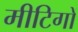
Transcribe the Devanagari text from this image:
मीटिगों